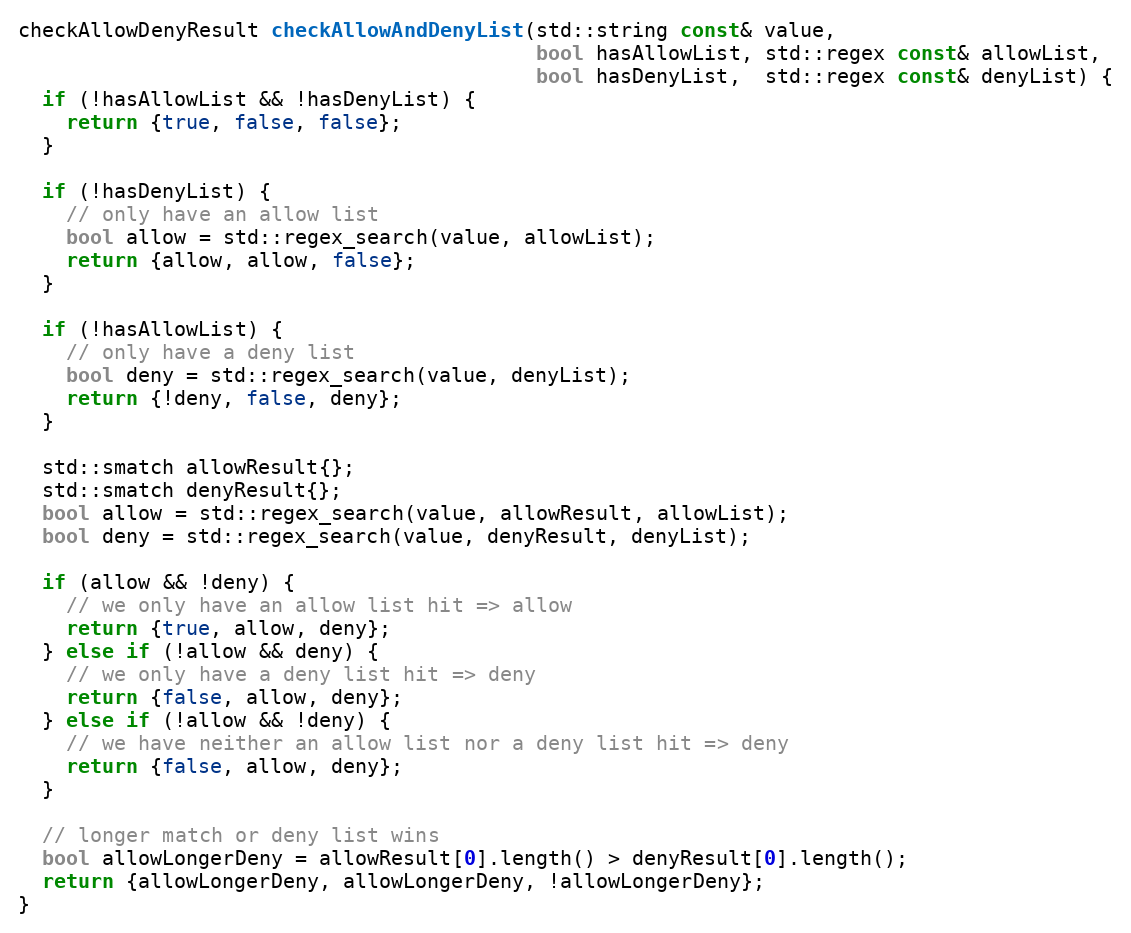
Language: C++
checkAllowDenyResult checkAllowAndDenyList(std::string const& value,
                                           bool hasAllowList, std::regex const& allowList,
                                           bool hasDenyList,  std::regex const& denyList) {
  if (!hasAllowList && !hasDenyList) {
    return {true, false, false};
  }

  if (!hasDenyList) {
    // only have an allow list
    bool allow = std::regex_search(value, allowList);
    return {allow, allow, false};
  }

  if (!hasAllowList) {
    // only have a deny list
    bool deny = std::regex_search(value, denyList);
    return {!deny, false, deny};
  }

  std::smatch allowResult{};
  std::smatch denyResult{};
  bool allow = std::regex_search(value, allowResult, allowList);
  bool deny = std::regex_search(value, denyResult, denyList);

  if (allow && !deny) {
    // we only have an allow list hit => allow
    return {true, allow, deny};
  } else if (!allow && deny) {
    // we only have a deny list hit => deny
    return {false, allow, deny};
  } else if (!allow && !deny) {
    // we have neither an allow list nor a deny list hit => deny
    return {false, allow, deny};
  }

  // longer match or deny list wins
  bool allowLongerDeny = allowResult[0].length() > denyResult[0].length();
  return {allowLongerDeny, allowLongerDeny, !allowLongerDeny};
}